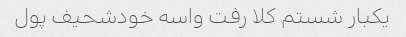
یکبار شستم کلا رفت واسه خودشحیف پول